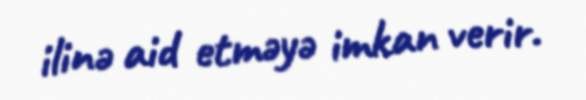
ilinə aid etməyə imkan verir.